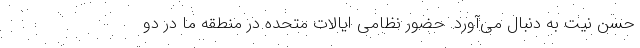
حسن نیت به دنبال می‌آورد. حضور نظامی ایالات متحده در منطقه ما در دو